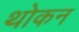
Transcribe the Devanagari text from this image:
थोकन